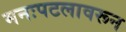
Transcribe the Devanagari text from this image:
मनःपटलावरून